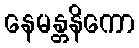
နေမန္တနိကော